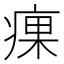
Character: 㾧